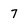
Character: 7